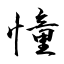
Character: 憧